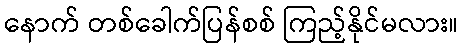
နောက် တစ်ခေါက်ပြန်စစ် ကြည့်နိုင်မလား။